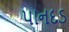
પાનદડ